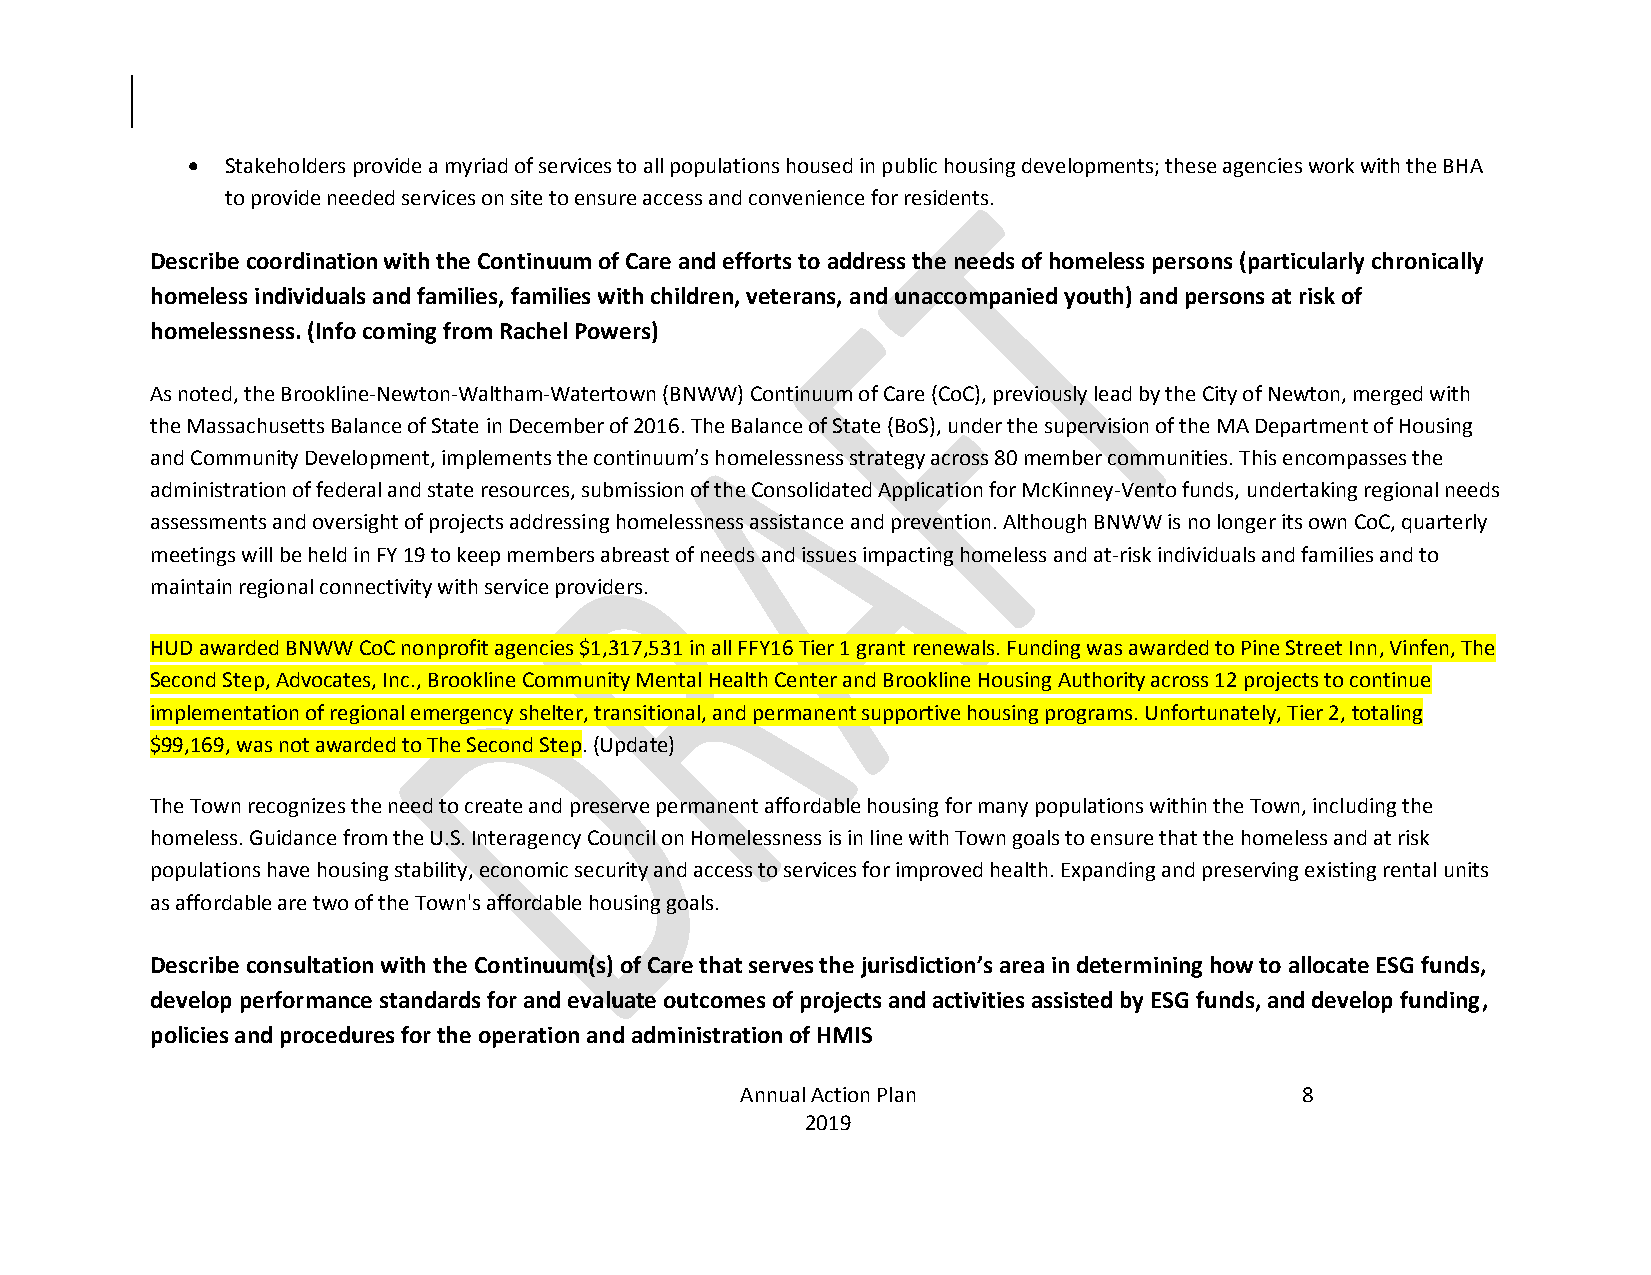
  Stakeholders provide a myriad of services to all populations housed in public housing developments; these agencies work with the BHA
 to provide needed services on site to ensure access and convenience for residents.
 Describe coordination with the Continuum of Care and efforts to address the needs of homeless persons (particularly chronically
 homeless individuals and families, families with children, veterans, and unaccompanied youth) and persons at risk of
 homelessness. (Info coming from Rachel Powers)
 As noted, the Brookline-Newton-Waltham-Watertown (BNWW) Continuum of Care (CoC), previously lead by the City of Newton, merged with
 the Massachusetts Balance of State in December of 2016. The Balance of State (BoS), under the supervision of the MA Department of Housing
 and Community Development, implements the continuum’s homelessness strategy across 80 member communities. This encompasses the
 administration of federal and state resources, submission of the Consolidated Application for McKinney-Vento funds, undertaking regional needs
 assessments and oversight of projects addressing homelessness assistance and prevention. Although BNWW is no longer its own CoC, quarterly
 meetings will be held in FY 19 to keep members abreast of needs and issues impacting homeless and at-risk individuals and families and to
 maintain regional connectivity with service providers.
 HUD awarded BNWW CoC nonprofit agencies $1,317,531 in all FFY16 Tier 1 grant renewals. Funding was awarded to Pine Street Inn, Vinfen, The
 Second Step, Advocates, Inc., Brookline Community Mental Health Center and Brookline Housing Authority across 12 projects to continue
 implementation of regional emergency shelter, transitional, and permanent supportive housing programs. Unfortunately, Tier 2, totaling
 $99,169, was not awarded to The Second Step. (Update)
 The Town recognizes the need to create and preserve permanent affordable housing for many populations within the Town, including the
 homeless. Guidance from the U.S. Interagency Council on Homelessness is in line with Town goals to ensure that the homeless and at risk
 populations have housing stability, economic security and access to services for improved health. Expanding and preserving existing rental units
 as affordable are two of the Town's affordable housing goals.
 Describe consultation with the Continuum(s) of Care that serves the jurisdiction’s area in determining how to allocate ESG funds,
 develop performance standards for and evaluate outcomes of projects and activities assisted by ESG funds, and develop funding,
 policies and procedures for the operation and administration of HMIS
 Annual Action Plan                   8
 2019